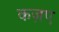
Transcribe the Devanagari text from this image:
कज़ए